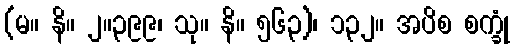
(မ။ နိ။ ၂။၃၉၉၊ သု။ နိ။ ၅၆၃)၊ ၁၃၂။ အပိစ စက္ခုံ